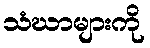
သံဃာများကို